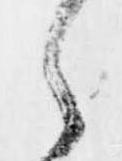
之